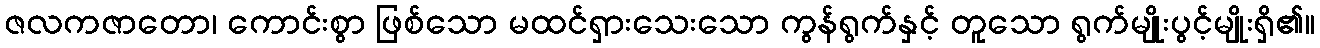
ဇလကဇာတော၊ ကောင်းစွာ ဖြစ်သော မထင်ရှားသေးသော ကွန်ရွက်နှင့် တူသော ရွက်မျိုးပွင့်မျိုးရှိ၏။